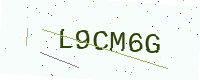
Text: L9CM6G